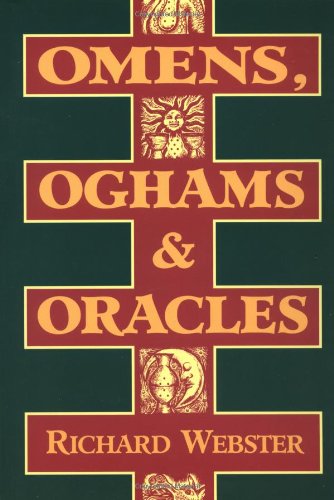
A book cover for Omens, Oghams & Oracles: Divination in the Druidic Tradition; Richard Webster; Religion & Spirituality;